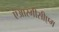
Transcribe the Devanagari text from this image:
एआरगीसीएम